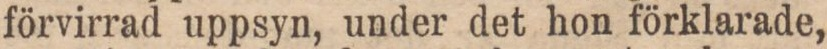
förvirrad uppsyn, under det hon förklarade,